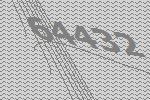
64432